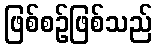
ဖြစ်စဉ်ဖြစ်သည်